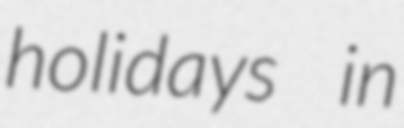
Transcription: holidays in